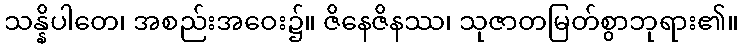
သန္နိပါတေ၊ အစည်းအဝေး၌။ ဇိနေဇိနဿ၊ သုဇာတမြတ်စွာဘုရား၏။